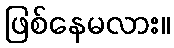
ဖြစ်နေမလား။